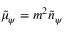
\tilde { \mu } _ { \psi } = m ^ { 2 } \tilde { n } _ { \psi }